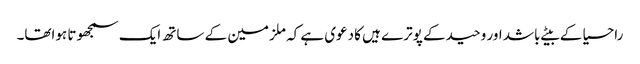
راحسیا کے بیٹے باشد اور وحید کے پوترے ہیں کا دعوی ہے کہ ملزمین کے ساتھ ایک سمجھوتا ہواتھا۔